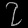
Digit: ၇